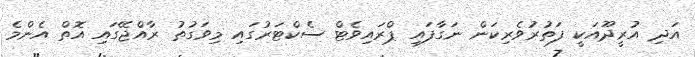
އަދި އުރީދޫއަކީ ފަތުރުވެރިކަން ނަގާފައި ޕްރައިވެޓް ސެކްޓަރުގައި މިވަގުތު ރާއްޖޭގައި އޮތް އެންމެ